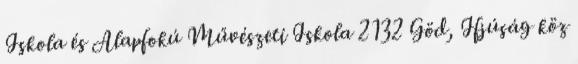
Iskola és Alapfokú Művészeti Iskola 2132 Göd, Ifjúság köz